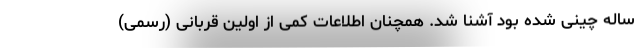
ساله چینی شده بود آشنا شد. همچنان اطلاعات کمی از اولین قربانی (رسمی)